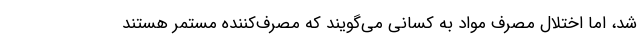
شد، اما اختلال مصرف مواد به کسانی می‌گویند که مصرف‌کننده مستمر هستند